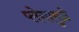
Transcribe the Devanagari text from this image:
प्लेगामुळे